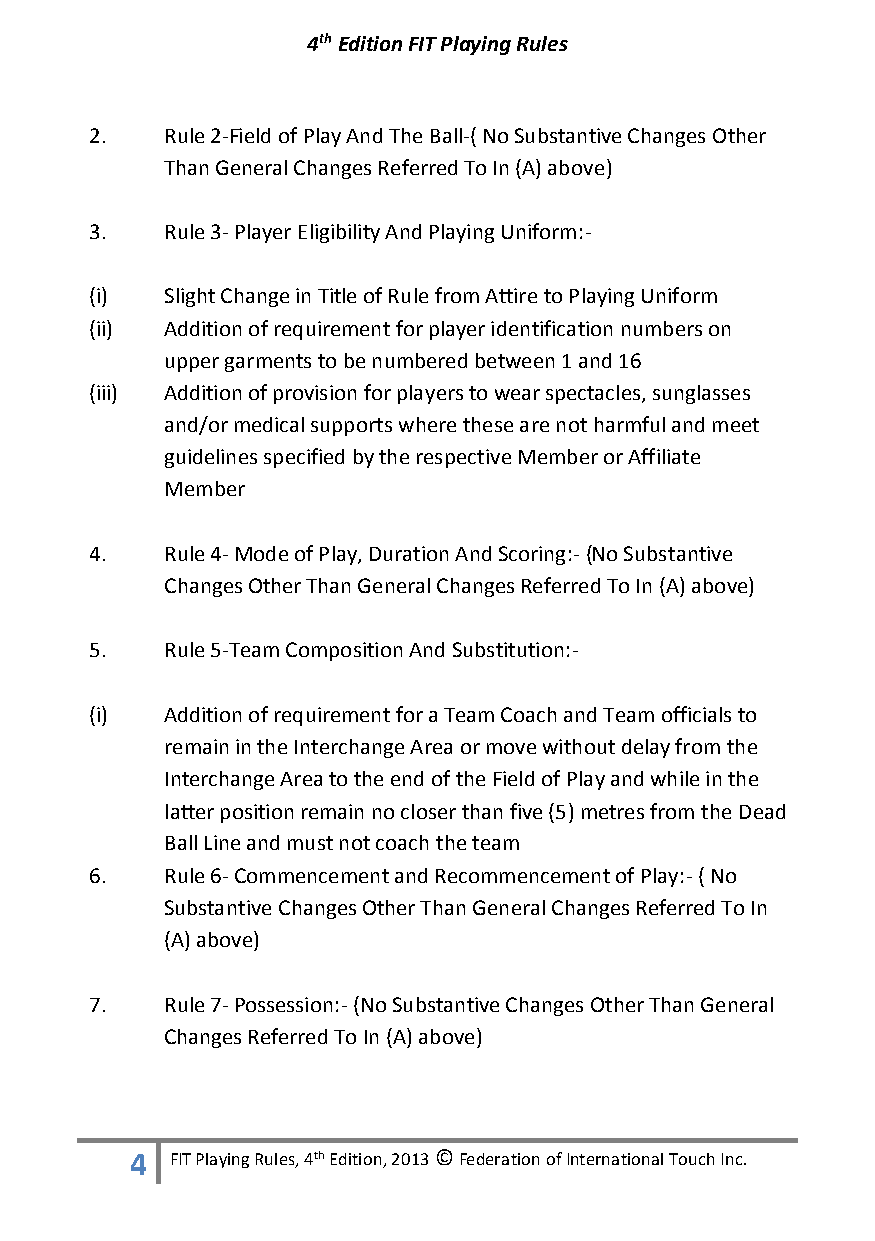
4th Edition FIT Playing Rules
 2.   Rule 2-Field of Play And The Ball-( No Substantive Changes Other
 Than General Changes Referred To In (A) above)
 3.   Rule 3- Player Eligibility And Playing Uniform:-
 (i)  Slight Change in Title of Rule from Attire to Playing Uniform
 (ii) Addition of requirement for player identification numbers on
 upper garments to be numbered between 1 and 16
 (iii) Addition of provision for players to wear spectacles, sunglasses
 and/or medical supports where these are not harmful and meet
 guidelines specified by the respective Member or Affiliate
 Member
 4.   Rule 4- Mode of Play, Duration And Scoring:- (No Substantive
 Changes Other Than General Changes Referred To In (A) above)
 5.   Rule 5-Team Composition And Substitution:-
 (i)  Addition of requirement for a Team Coach and Team officials to
 remain in the Interchange Area or move without delay from the
 Interchange Area to the end of the Field of Play and while in the
 latter position remain no closer than five (5) metres from the Dead
 Ball Line and must not coach the team
 6.   Rule 6- Commencement and Recommencement of Play:- ( No
 Substantive Changes Other Than General Changes Referred To In
 (A) above)
 7.   Rule 7- Possession:- (No Substantive Changes Other Than General
 Changes Referred To In (A) above)
 4 FIT Playing Rules, 4th Edition, 2013 © Federation of International Touch Inc.